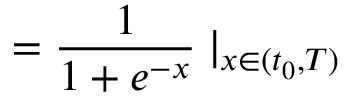
= \frac { 1 } { 1 + e ^ { - x } } \mid _ { x \in ( t _ { 0 } , T ) }